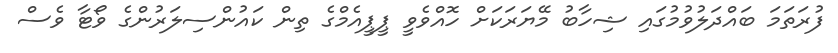
ފުރަތަމަ ބައްދަލުވުމުގައި ޝިހާބު މޭޔަރަކަށް ހޮއްވެވީ ޕީޕީއެމްގެ ތިން ކައުންސިލަރުންގެ ވޯޓާ ވެސް